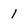
Character: 1